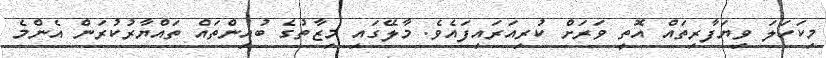
މިކަހަލަ ވިޔަފާރިތައް އޮތީ ވަރަށް ކުރިއަރައިފައެވެ. މާލޭގައި މިޒާތުގެ ބުއިންތައް ތައްޔާރުކުރަން އެންމެ